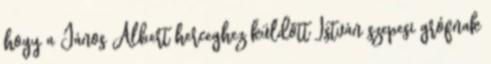
hogy a János Albert herceghez küldött István szepesi grófnak